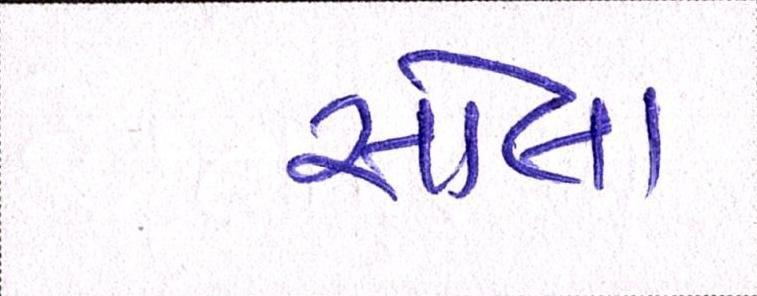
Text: સોલા